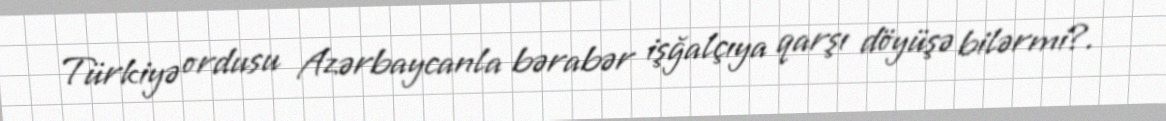
Türkiyə ordusu Azərbaycanla bərabər işğalçıya qarşı döyüşə bilərmi?.